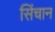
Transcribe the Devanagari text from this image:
सिंचान